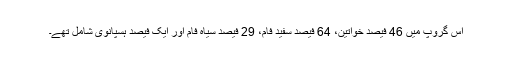
اس گروپ میں 46 فیصد خواتین، 64 فیصد سفید فام، 29 فیصد سیاہ فام اور ایک فیصد ہسپانوی شامل تھے۔